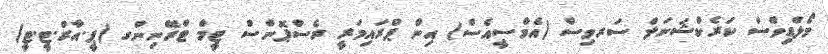
މޯލްޑިވްސް ކަރެކްޝަނަލް ސަރވިސް (އެމްސީއެސް) އިން ޕްރައިމަރީ ރެސްޕޮންސް ޓީމް ޓްރޭނިންގ (ޕީ.އާރް.ޓީ.ޓީ)